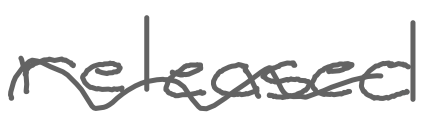
Text: released
Cross-out: wave
Writing tool: digital_gray